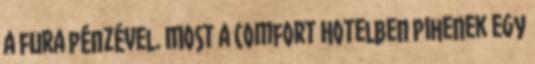
a fura pénzével. Most a Comfort Hotelben pihenek egy